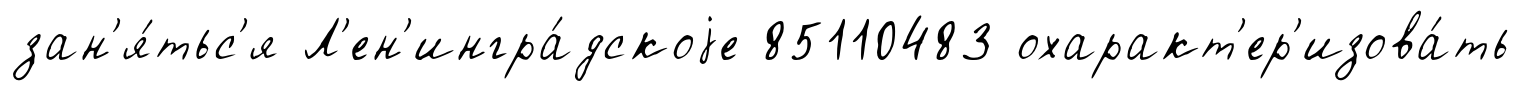
зан'я́тьс'я Л'ен'ингра́дскоjе 85110483 охаракт'ер'изова́ть